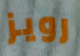
رويز